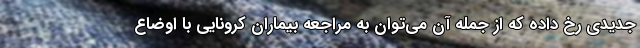
جدیدی رخ داده که از جمله آن می‌توان به مراجعه بیماران کرونایی با اوضاع